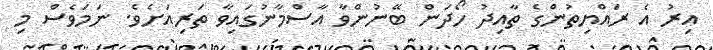
އިރު އެ ރައްޔިތުންގެ ތާއިދު ހޯދަން ބޭނުންވާ އާސްމާނުގައިވާ ތަރިއަށެވެ. ނަމަވެސް މި